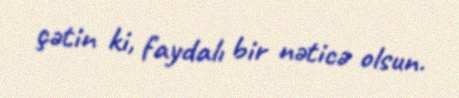
çətin ki, faydalı bir nəticə olsun.